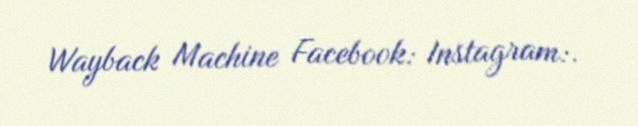
Wayback Machine Facebook: Instagram:.